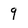
Character: 9